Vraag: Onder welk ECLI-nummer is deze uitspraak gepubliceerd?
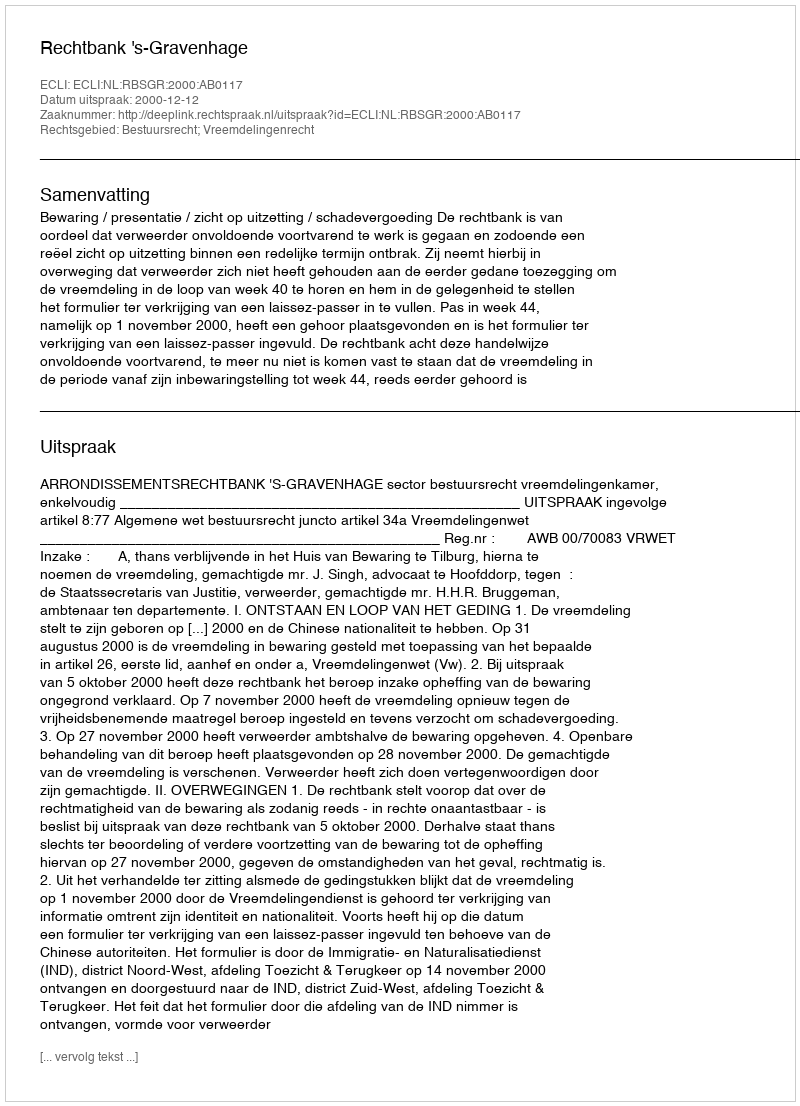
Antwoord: ECLI:NL:RBSGR:2000:AB0117